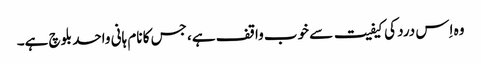
وہ اِس درد کی کیفیت سے خوب واقف ہے، جس کا نام ہانی واحد بلوچ ہے۔